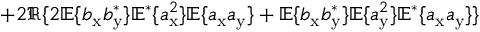
+ 2 \Re \{ 2 \mathbb { E } \{ b _ { \mathrm { x } } b _ { \mathrm { y } } ^ { \ast } \} \mathbb { E } ^ { \ast } \{ a _ { \mathrm { x } } ^ { 2 } \} \mathbb { E } \{ a _ { \mathrm { x } } a _ { \mathrm { y } } \} + \mathbb { E } \{ b _ { \mathrm { x } } b _ { \mathrm { y } } ^ { \ast } \} \mathbb { E } \{ a _ { \mathrm { y } } ^ { 2 } \} \mathbb { E } ^ { \ast } \{ a _ { \mathrm { x } } a _ { \mathrm { y } } \} \}